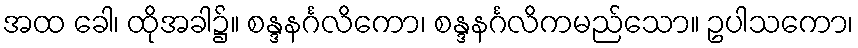
အထ ခေါ၊ ထိုအခါ၌။ စန္ဒနင်္ဂလိကော၊ စန္ဒနင်္ဂလိကမည်သော။ ဥပါသကော၊